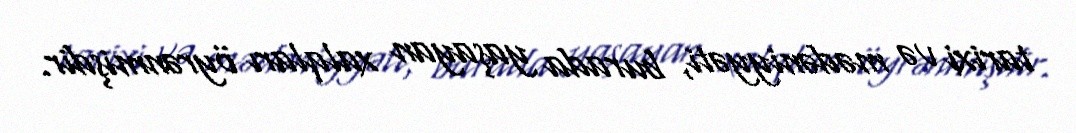
tarixi və mədəniyyəti, burada yaşayan xalqları öyrənmişdir.